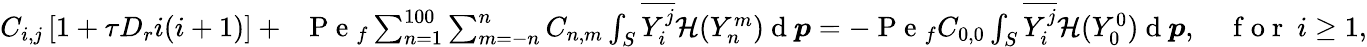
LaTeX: \begin{array}{r}{C_{i,j}\left[1+\tau D_{r}i(i+1)\right]+\; \; \mathrm{~P~e~}_{f}\sum_{n=1}^{100}\sum_{m=-n}^{n}C_{n,m}\int_{S}\overline{{Y_{i}^{j}}}\mathcal{H}(Y_{n}^{m})\mathrm{~d~}\boldsymbol{p}=-\mathrm{~P~e~}_{f}C_{0,0}\int_{S}\overline{{Y_{i}^{j}}}\mathcal{H}(Y_{0}^{0})\mathrm{~d~}\boldsymbol{p},\quad\mathrm{~f~o~r~\ }i\geq 1,}\end{array}